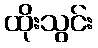
ထိုးသွင်း